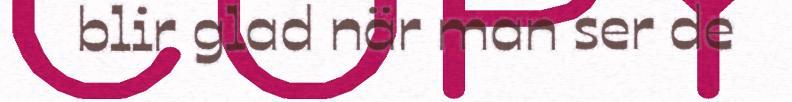
blir glad när man ser de